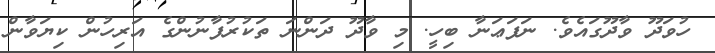
ހުވަދޫ ވާދޫގައެވެ. ނަފަޢަނާ ބިހީ. މި ވާދޫ ދަންނަ ތަކުރުފާނުންގެ އަރިހުން ކިޔަވާން